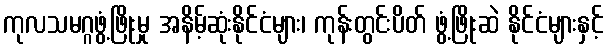
ကုလသမဂ္ဂဖွံ့ဖြိုးမှု အနိမ့်ဆုံးနိုင်ငံများ၊ ကုန်းတွင်းပိတ် ဖွံ့ဖြိုးဆဲ နိုင်ငံများနှင့်